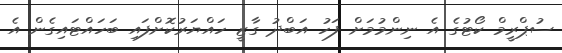
ސުޕްރީމް ކޯޓުގެ އެ ނިންމުމަށް ފަހު އަބްދު ގާޒީ ހައްޔަރުކޮށްފައި ބަހައްޓައިގެން އެ